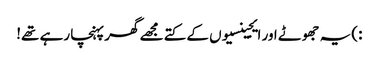
:)یہ جھوٹے اور ایجینسیوں کے کتے مجھے گھر پہنچا رہے تھے!